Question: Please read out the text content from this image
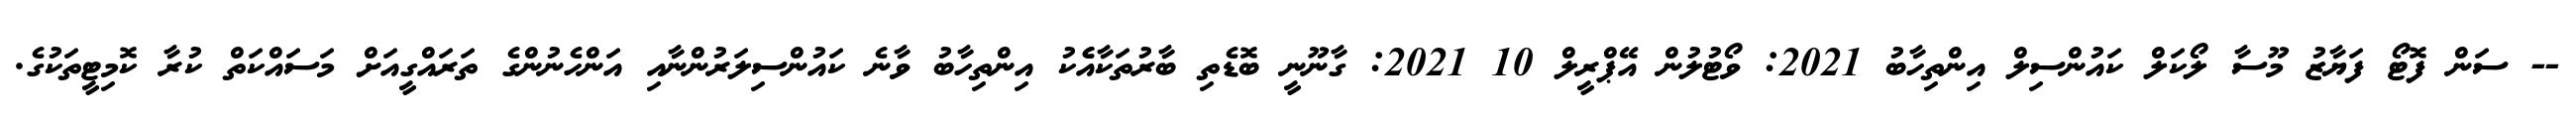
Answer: -- ސަން ފޮޓޯ ފަޔާޒު މޫސާ ލޯކަލް ކައުންސިލް އިންތިހާބު 2021: ވޯޓުލުން އޭޕްރީލް 10 2021: ގާނޫނީ ބޮޑެތި ބާރުތަކާއެެކު އިންތިހާބު ވާނެ ކައުންސިލަރުންނާއި އަންހެނުންގެ ތަރައްގީއަށް މަސައްކަތް ކުރާ ކޮމިޓީތަކުގެ.